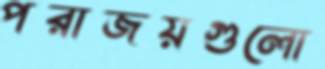
পরাজয়গুলো